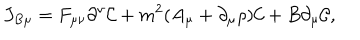
J _ { B \mu } = F _ { \mu \nu } \partial ^ { \nu } { \cal C } + m ^ { 2 } ( A _ { \mu } + \partial _ { \mu } \rho ) { \cal C } + B \partial _ { \mu } { \cal C } ,